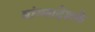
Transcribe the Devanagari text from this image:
बांग्लादेशके